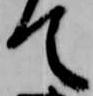
て